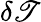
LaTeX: \delta\mathscr{T}